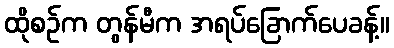
ထိုစဉ်က တွန်မီက အရပ်ခြောက်ပေခန့်။